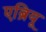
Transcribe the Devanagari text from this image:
एब्रियू